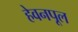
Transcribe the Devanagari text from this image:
हेवनपूल